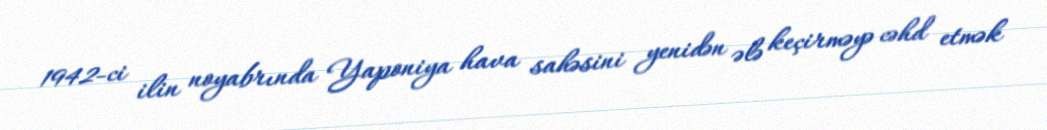
1942-ci ilin noyabrında Yaponiya hava sahəsini yenidən ələ keçirməyə cəhd etmək